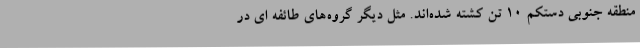
منطقه جنوبی دستکم 10 تن کشته شده‌اند. مثل دیگر گروه‌های طائفه ای در